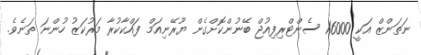
ނަތަންޒް އަކީ 16000 ސެންޓްރިފިއުޖް ބޭނުންކޮށްގެން ޔޫރޭނިއަމް ފައްކާކުރާ މަރުކަޒު ހުންނަ ތަނެވެ.